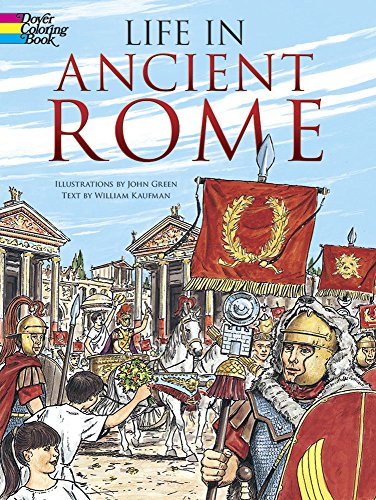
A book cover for Life in Ancient Rome (Dover History Coloring Book); John Green; Children's Books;